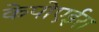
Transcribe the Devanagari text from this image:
केपोएईरा